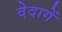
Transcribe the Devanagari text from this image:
वेदागें